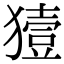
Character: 𤡬